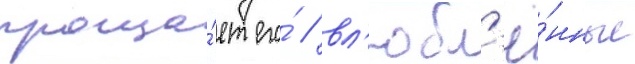
проща́ет его́ / вл'юбл'ё́нные